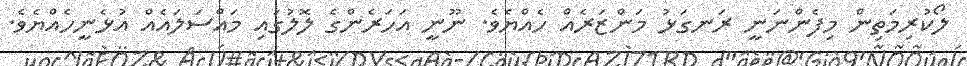
ލޯކުރިމަތިން މިފެންނަނީ ރަނގަޅު މަންޒަރެއް ހެއްޔެވެ. ނޫނީ އަހަރެންގެ ލޮލުގައި މައްސަލައެއް އުޅެނީހެއްޔެވެ.